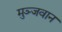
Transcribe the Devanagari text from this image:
मुञ्जवान